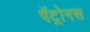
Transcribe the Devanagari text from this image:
पॅट्रोनस